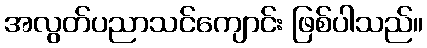
အလွတ်ပညာသင်ကျောင်း ဖြစ်ပါသည်။